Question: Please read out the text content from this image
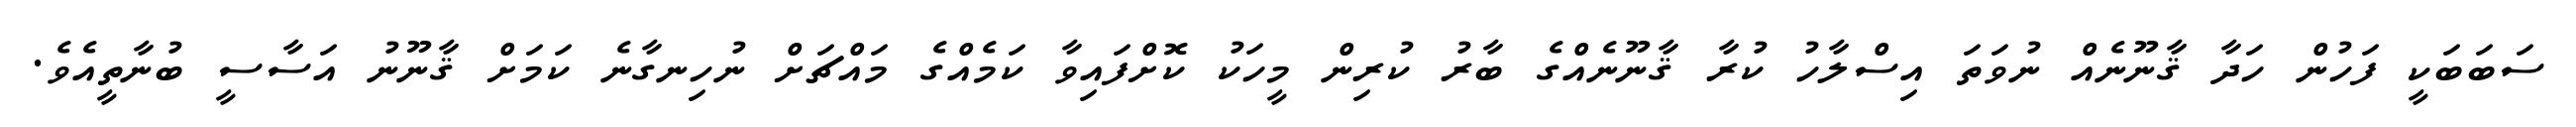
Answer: ސަބަބަކީ ފަހުން ހަދާ ޤާނޫނެއް ނުވަތަ އިސްލާހު ކުރާ ޤާނޫނެއްގެ ބާރު ކުރިން މީހަކު ކޮށްފައިވާ ކަމެއްގެ މައްޗަށް ނުހިނގާނެ ކަމަށް ޤާނޫނު އަސާސީ ބުނާތީއެވެ.